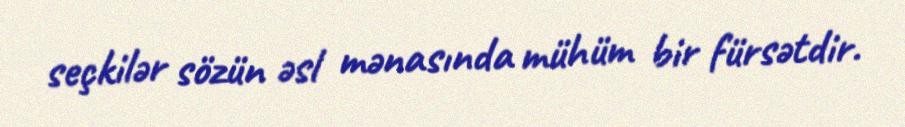
seçkilər sözün əsl mənasında mühüm bir fürsətdir.